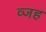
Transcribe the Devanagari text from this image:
व्जह